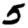
Digit: 5